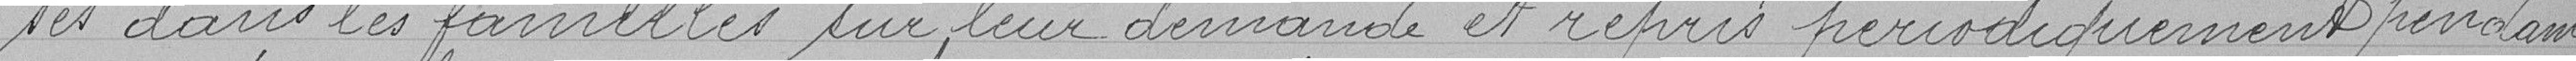
-sés dans les familles sur leur demande et repris périodiquement pendant